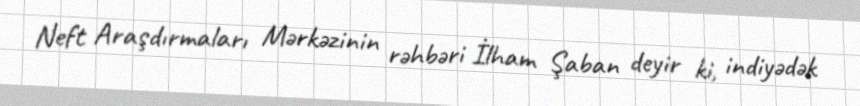
Neft Araşdırmaları Mərkəzinin rəhbəri İlham Şaban deyir ki, indiyədək